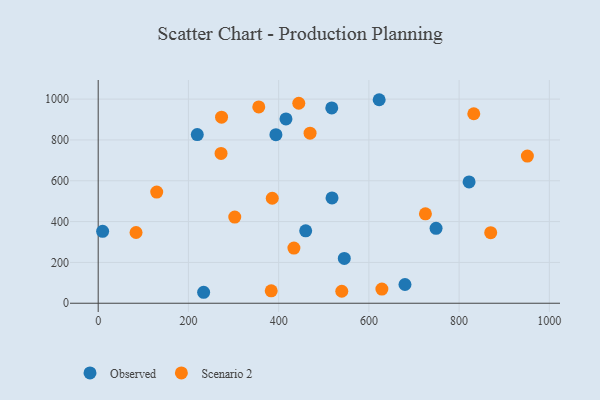
{"axis": {"x": "Engine Size", "y": "Fuel Efficiency"}, "legend": ["Observed", "Scenario 2"], "data": [{"x": "233.7", "y": 53.7, "type": "Observed"}, {"x": "416.2", "y": 902.7, "type": "Observed"}, {"x": "748.9", "y": 366.9, "type": "Observed"}, {"x": "459.9", "y": 354.9, "type": "Observed"}, {"x": "9.8", "y": 352.5, "type": "Observed"}, {"x": "622.8", "y": 997.0, "type": "Observed"}, {"x": "680.0", "y": 91.7, "type": "Observed"}, {"x": "518.3", "y": 515.9, "type": "Observed"}, {"x": "219.6", "y": 826.4, "type": "Observed"}, {"x": "545.5", "y": 219.4, "type": "Observed"}, {"x": "393.9", "y": 825.7, "type": "Observed"}, {"x": "822.1", "y": 594.5, "type": "Observed"}, {"x": "517.7", "y": 956.7, "type": "Observed"}, {"x": "469.6", "y": 833.3, "type": "Scenario 2"}, {"x": "628.8", "y": 69.6, "type": "Scenario 2"}, {"x": "832.5", "y": 928.3, "type": "Scenario 2"}, {"x": "83.9", "y": 346.6, "type": "Scenario 2"}, {"x": "951.3", "y": 720.8, "type": "Scenario 2"}, {"x": "433.8", "y": 270.1, "type": "Scenario 2"}, {"x": "870.0", "y": 345.7, "type": "Scenario 2"}, {"x": "383.5", "y": 60.8, "type": "Scenario 2"}, {"x": "539.9", "y": 58.8, "type": "Scenario 2"}, {"x": "273.4", "y": 911.7, "type": "Scenario 2"}, {"x": "444.6", "y": 979.7, "type": "Scenario 2"}, {"x": "272.3", "y": 734.0, "type": "Scenario 2"}, {"x": "725.3", "y": 438.0, "type": "Scenario 2"}, {"x": "129.7", "y": 544.5, "type": "Scenario 2"}, {"x": "302.7", "y": 422.1, "type": "Scenario 2"}, {"x": "385.8", "y": 514.3, "type": "Scenario 2"}, {"x": "355.9", "y": 961.5, "type": "Scenario 2"}]}